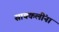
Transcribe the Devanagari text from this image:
सायकलींना